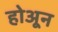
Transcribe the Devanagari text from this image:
होअून